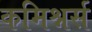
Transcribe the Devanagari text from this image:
कमिश्नर्स